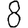
Digit: 8